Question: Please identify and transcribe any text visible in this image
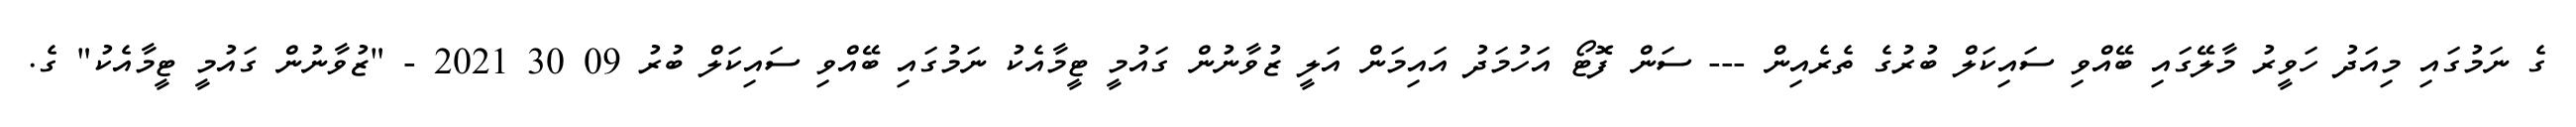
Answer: ގެ ނަމުގައި މިއަދު ހަވީރު މާލޭގައި ބޭއްވި ސައިކަލް ބުރުގެ ތެރެއިން --- ސަން ފޮޓޯ އަހުމަދު އައިމަން އަލީ ޒުވާނުން ގައުމީ ޓީމާއެކު ނަމުގައި ބޭއްވި ސައިކަލް ބުރު 09 30 2021 - "ޒުވާނުން ގައުމީ ޓީމާއެކު" ގެ.